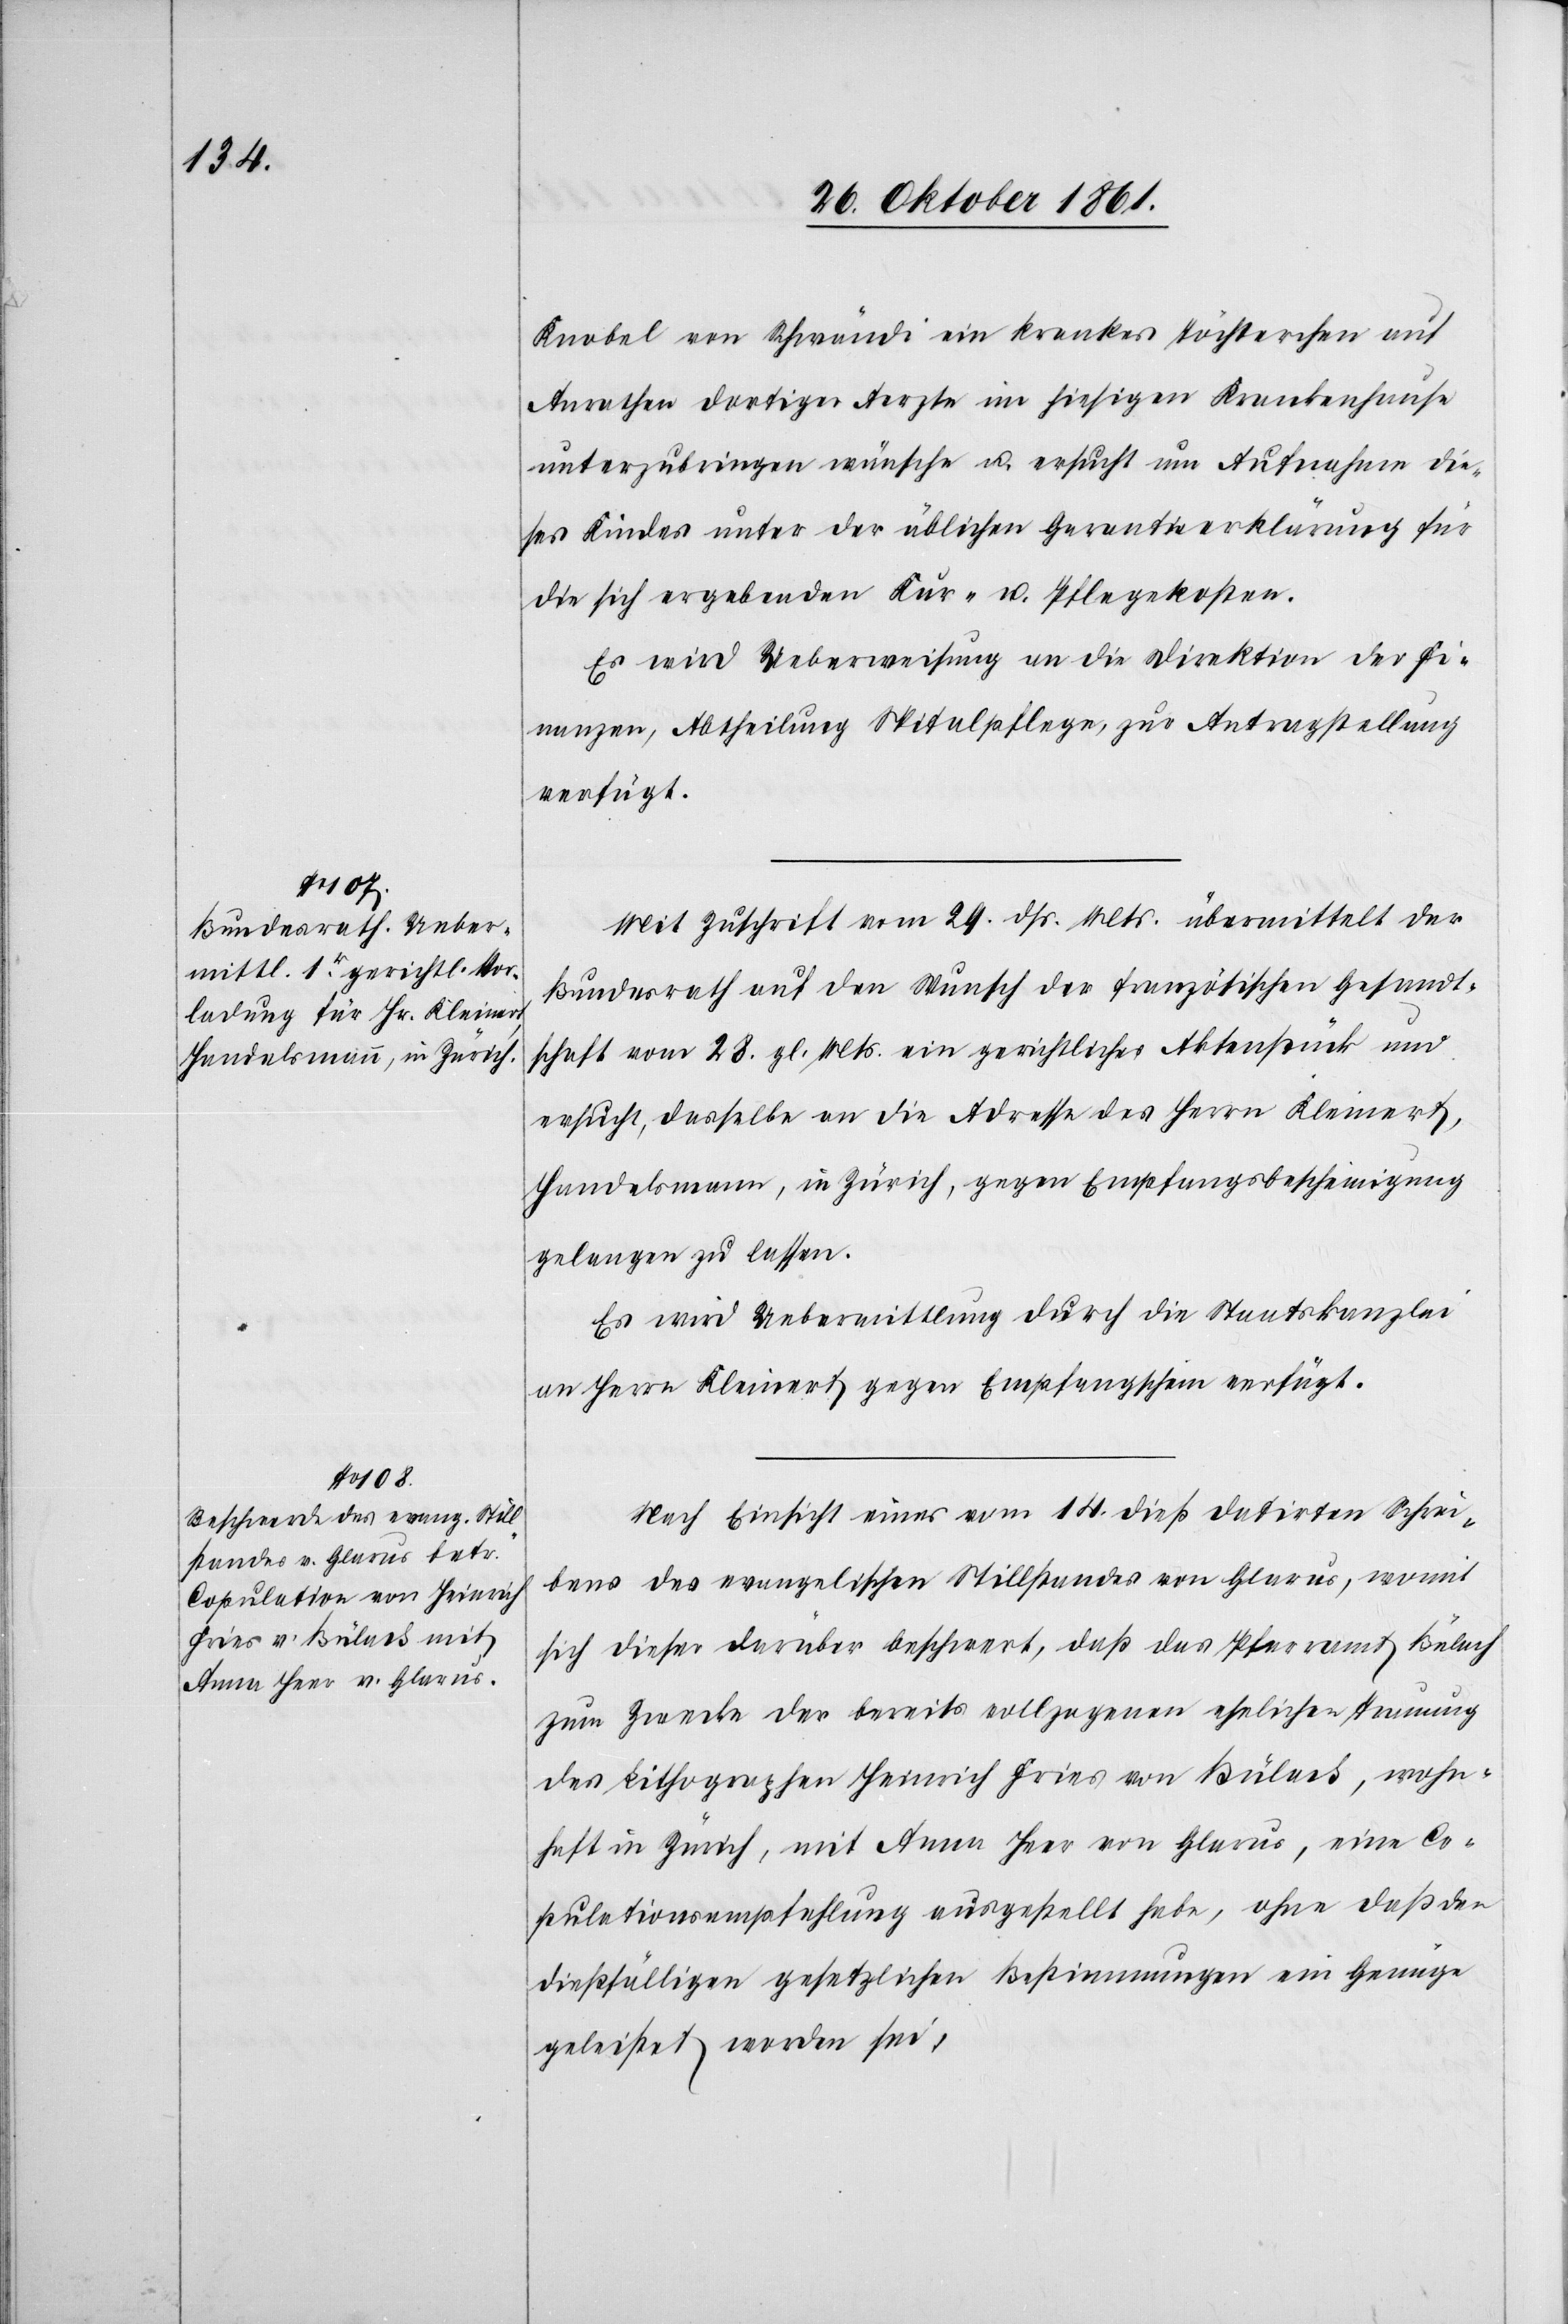
woh¬

31 Oktober 1861.]
Knobel von Schrändi ein krankes Töchterchen auf
Anrathen dortiger Aerzte im hiesigen Krankenhause
unterzubringen wünsche u. ersucht um Aufnahme die¬
ses Kindes unter der üblichen Garantieerklärung für
die sich ergebenden Kur- u. Pflegekosten.
Es wird Ueberweisung an die Direktion der Fi¬
nanzen, Abtheilung Spitalpflege, zur Antragstellung
verfügt.
Mit Zuschrift vom 29 dß. Mts. übermittelt der
Bundesrath auf den Wunsch der französischen Gesandt¬
schaft vom 28 gl. Mts. ein gerichtliches Aktenstück und
ersucht, dasselbe an die Adresse des Herrn Kleinert,
Handelsmann, in Zürich, gegen Empfangsbescheinigung
gelangen zu lassen.
Es wird Uebermittlung durch die Staatskanzlei
an Herrn Kleinert gegen Empfangsschein verfügt.
Nach Einsicht eines vom 14 dieß datirten Schrei¬
bens des evangelischen Stillstandes von Glarus, womit
sich dieser darüber beschwert, daß das Pfarramt Bülach
zum Zwecke der bereits vollzogenen ehelichen Trauung
nhaft in Zürich, mit Anna Heer von Glarus, eine Co¬
pulationsempfehlung ausgestellt habe, ohne daß den
dießfälligen gesetzlichen Bestimmungen ein Genüge
geleistet worden sei;